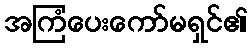
အကြံပေးကော်မရှင်၏